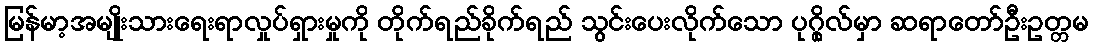
မြန်မာ့အမျိုးသားရေးရာလှုပ်ရှားမှုကို တိုက်ရည်ခိုက်ရည် သွင်းပေးလိုက်သော ပုဂ္ဂိုလ်မှာ ဆရာတော်ဦးဥတ္တမ